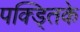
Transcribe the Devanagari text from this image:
पक्ड्तिके